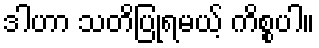
ဒါဟာ သတိပြုရမယ့် ကိစ္စပါ။